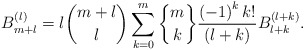
\begin{align*}B_{m+l}^{\left( l\right) }=l\binom{m+l}{l}\sum_{k=0}^{m}\genfrac{\{}{\}}{0pt}{}{m}{k}\frac{\left( -1\right) ^{k}k!}{\left( l+k\right) }B_{l+k}^{\left(l+k\right) }. \end{align*}